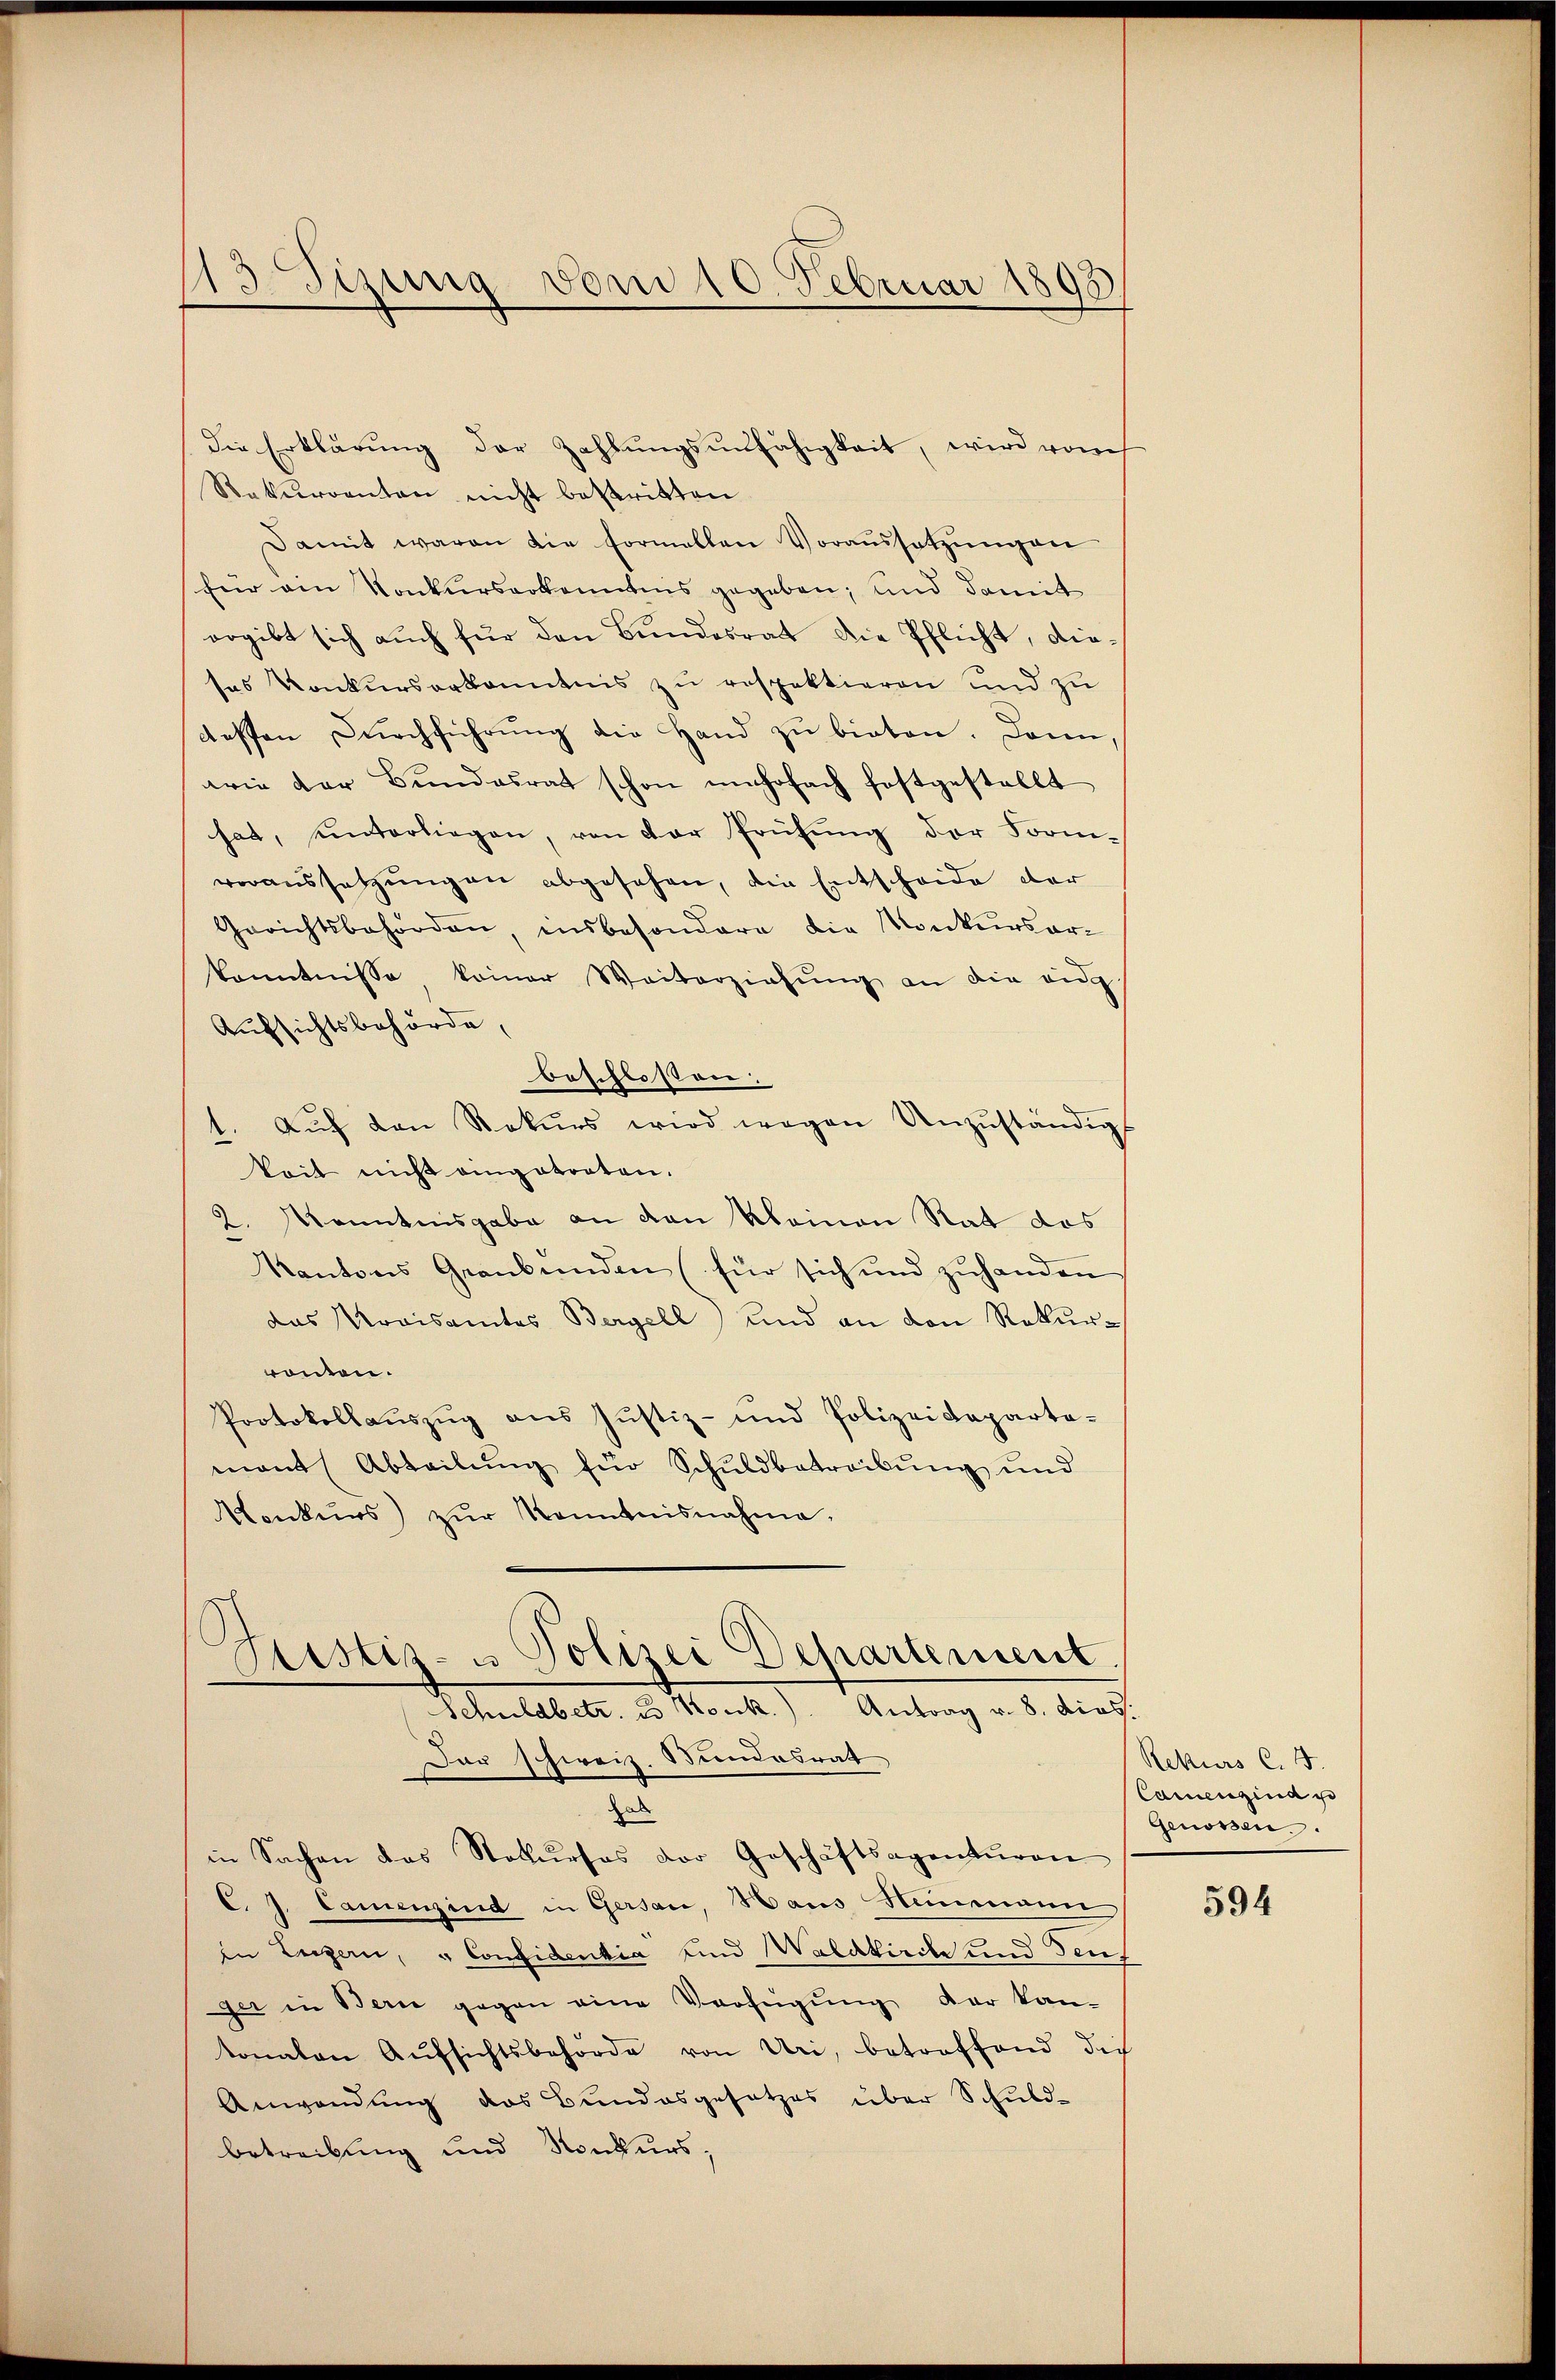
13 Sizung vom 10. Februar 1895

die Erklärung der Zahlungsunfähigkeit, wird vom
Rekurrenten nicht bestritten
Damit waren die formellen Voraŭssetzŭngen
für am Konkurserkanntens gegeben; und damit
ergibt sich auch für den Bundesrat die Pflicht, diesas Konkŭrserkanntnis zŭ respektieren und zu
dessen Dŭrchführŭng die Hand zŭ bieten. Dann,
wie der Bŭndesrat schon mehrfach festgestellt
hat, unterliegen, von der Prüfung der Form-
voraussetzŭngen abgesehen, die Entscheide der
Gerichtsbehörden insbesondere die Konkŭrsar-
konntnisse keiner Weiterziehŭng an die eidg
Aufsichtsbehörde,
beschlossen:
Aŭf den Rekurs wird wegen Unzuständigs
keit nicht eingetreten.
L. Menntnisgabe an den kleinen Rat das
Kantons Graubünden (für sich und zŭhanden
das Kreisamtes Bergell, und an den Rekurrönten.
Protokollaŭszŭg ans Justiz- und Polizeideparta-
mant (Abteilŭng für Schuldbetreibŭng und
Konkurs) zŭr Kenntnisnahme,
d
Sistiz- u Polizei Departement
Schuldbetr. es Konk.). Antrag v. 8. dies
Dar schweiz. Stundesrat
hab
in Sachen das Stokŭrses der Geschäftsagentŭren
C. J. Camenzind in Gersau, Haus Steinmann
in Luzern, u Confidentia und Waldkirche und Fenz
ger in Bern gegen eine Verfügung der kan-
tonalen Aŭfsichtsbehörde von Uri, betreffend die
Anwendung das Bundesgesetzes über Schuld-
betreibung und Konkurs,

Rekurs C. 5.
Cammengina po
Genossen.

594